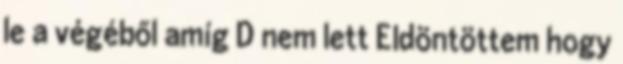
le a végéből amíg D nem lett Eldöntöttem hogy